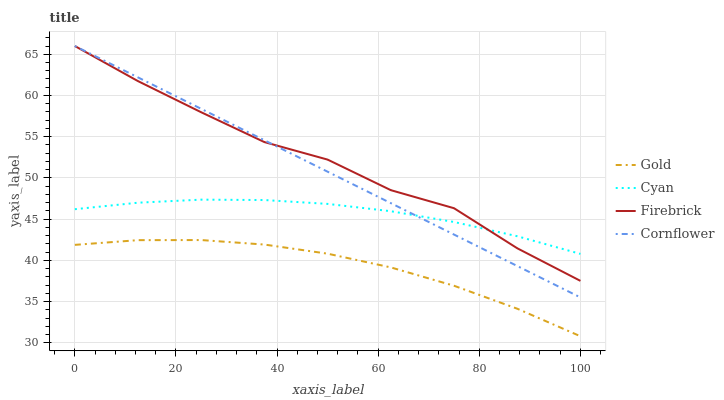
| xaxis_label | Gold | Cyan | Firebrick | Cornflower |
 | --- | --- | --- | --- | --- |
 | 0 | 41.9 | 46.2 | 66 | 66 |
 | 12.5 | 42.4 | 47 | 61.7 | 62.2 |
 | 25 | 42.5 | 47.4 | 58 | 58.4 |
 | 37.5 | 41.9 | 47.3 | 54.3 | 54.6 |
 | 50 | 40.8 | 46.8 | 52.2 | 50.8 |
 | 62.5 | 39.1 | 46 | 48.5 | 46.9 |
 | 75 | 36.9 | 44.7 | 46.3 | 43.1 |
 | 87.5 | 34.1 | 42.9 | 41.5 | 39.3 |
 | 100 | 30.8 | 40.8 | 37.5 | 35.5 |